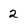
Character: 2